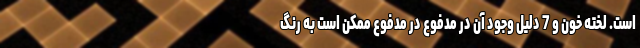
است. لخته‌ خون و 7 دلیل وجود آن در مدفوع در مدفوع ممکن است به رنگ